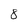
Character: 8